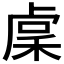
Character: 𥟃